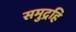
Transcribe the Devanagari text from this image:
समुद्रहि